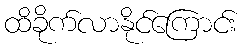
ထိခိုက်လာနိုင်ကြောင်း